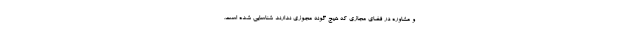
و مشاوره در فضای مجازی که هیچ گونه مجوزی ندارند شناسایی شده است.